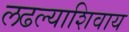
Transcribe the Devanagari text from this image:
लढल्याशिवाय